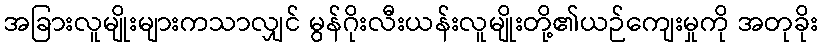
အခြားလူမျိုးများကသာလျှင် မွန်ဂိုးလီးယန်းလူမျိုးတို့၏ယဉ်ကျေးမှုကို အတုခိုး